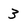
Character: 3